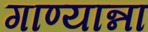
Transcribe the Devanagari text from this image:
गाण्यान्ना